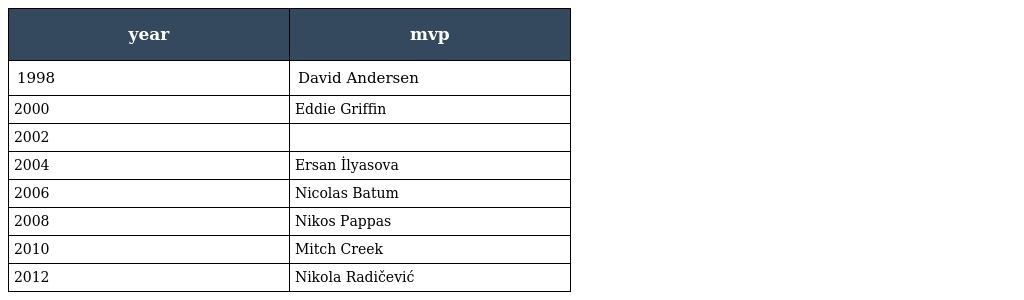
| year | mvp |
 | --- | --- |
 | 1998 | David Andersen |
 | 2000 | Eddie Griffin |
 | 2002 |  |
 | 2004 | Ersan İlyasova |
 | 2006 | Nicolas Batum |
 | 2008 | Nikos Pappas |
 | 2010 | Mitch Creek |
 | 2012 | Nikola Radičević |